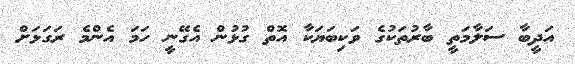
އަދީބާ ސަލާމަތީ ބާރުތަކުގެ ވަކިބަޔަކާ އޮތް ގުޅުން އެގޭނީ ހަމަ އެންމެ ރަގަޅަށް